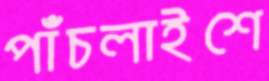
পাঁচলাইশে